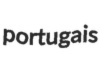
portugais